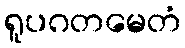
ရူပဂတမေတံ